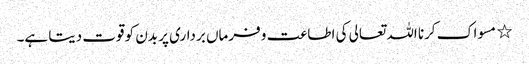
٭ مسواک کرنا اللہ تعالی کی اطاعت و فرماں برداری پر بدن کو قوت دیتا ہے۔